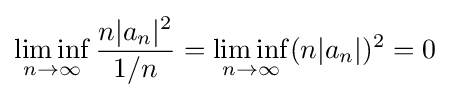
\liminf _{n\to \infty }{\frac {n|a_{n}|^{2}}{1/n}}=\liminf _{n\to \infty }(n|a_{n}|)^{2}=0